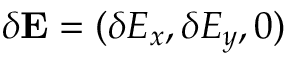
\delta \mathbf { E } = ( \delta E _ { x } , \delta E _ { y } , 0 )